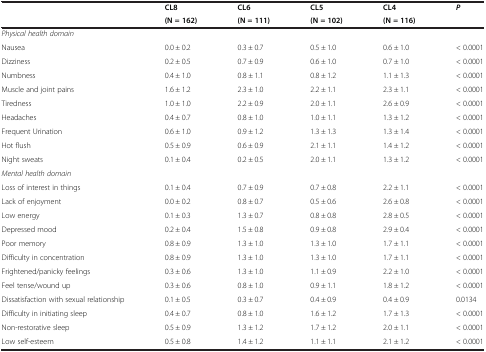
<table><thead><tr><td rowspan="2">[EMPTY_CELL]</td><td><b>CL8</b></td><td><b>CL6</b></td><td><b>CL5</b></td><td><b>CL4</b></td><td rowspan="2"><b><i>P</i></b></td></tr><tr><td><b>(N = 162)</b></td><td><b>(N = 111)</b></td><td><b>(N = 102)</b></td><td><b>(N = 116)</b></td></tr></thead><tbody><tr><td><i>Physical health domain</i></td><td>[EMPTY_CELL]</td><td>[EMPTY_CELL]</td><td>[EMPTY_CELL]</td><td>[EMPTY_CELL]</td><td>[EMPTY_CELL]</td></tr><tr><td>Nausea</td><td>0.0 ± 0.2</td><td>0.3 ± 0.7</td><td>0.5 ± 1.0</td><td>0.6 ± 1.0</td><td>&lt; 0.0001</td></tr><tr><td>Dizziness</td><td>0.2 ± 0.5</td><td>0.7 ± 0.9</td><td>0.6 ± 1.0</td><td>0.7 ± 1.0</td><td>&lt; 0.0001</td></tr><tr><td>Numbness</td><td>0.4 ± 1.0</td><td>0.8 ± 1.1</td><td>0.8 ± 1.2</td><td>1.1 ± 1.3</td><td>&lt; 0.0001</td></tr><tr><td>Muscle and joint pains</td><td>1.6 ± 1.2</td><td>2.3 ± 1.0</td><td>2.2 ± 1.1</td><td>2.3 ± 1.1</td><td>&lt; 0.0001</td></tr><tr><td>Tiredness</td><td>1.0 ± 1.0</td><td>2.2 ± 0.9</td><td>2.0 ± 1.1</td><td>2.6 ± 0.9</td><td>&lt; 0.0001</td></tr><tr><td>Headaches</td><td>0.4 ± 0.7</td><td>0.8 ± 1.0</td><td>1.0 ± 1.1</td><td>1.3 ± 1.2</td><td>&lt; 0.0001</td></tr><tr><td>Frequent Urination</td><td>0.6 ± 1.0</td><td>0.9 ± 1.2</td><td>1.3 ± 1.3</td><td>1.3 ± 1.4</td><td>&lt; 0.0001</td></tr><tr><td>Hot flush</td><td>0.5 ± 0.9</td><td>0.6 ± 0.9</td><td>2.1 ± 1.1</td><td>1.4 ± 1.2</td><td>&lt; 0.0001</td></tr><tr><td>Night sweats</td><td>0.1 ± 0.4</td><td>0.2 ± 0.5</td><td>2.0 ± 1.1</td><td>1.3 ± 1.2</td><td>&lt; 0.0001</td></tr><tr><td><i>Mental health domain</i></td><td>[EMPTY_CELL]</td><td>[EMPTY_CELL]</td><td>[EMPTY_CELL]</td><td>[EMPTY_CELL]</td><td>[EMPTY_CELL]</td></tr><tr><td>Loss of interest in things</td><td>0.1 ± 0.4</td><td>0.7 ± 0.9</td><td>0.7 ± 0.8</td><td>2.2 ± 1.1</td><td>&lt; 0.0001</td></tr><tr><td>Lack of enjoyment</td><td>0.0 ± 0.2</td><td>0.8 ± 0.7</td><td>0.5 ± 0.6</td><td>2.6 ± 0.8</td><td>&lt; 0.0001</td></tr><tr><td>Low energy</td><td>0.1 ± 0.3</td><td>1.3 ± 0.7</td><td>0.8 ± 0.8</td><td>2.8 ± 0.5</td><td>&lt; 0.0001</td></tr><tr><td>Depressed mood</td><td>0.2 ± 0.4</td><td>1.5 ± 0.8</td><td>0.9 ± 0.8</td><td>2.9 ± 0.4</td><td>&lt; 0.0001</td></tr><tr><td>Poor memory</td><td>0.8 ± 0.9</td><td>1.3 ± 1.0</td><td>1.3 ± 1.0</td><td>1.7 ± 1.1</td><td>&lt; 0.0001</td></tr><tr><td>Difficulty in concentration</td><td>0.8 ± 0.9</td><td>1.3 ± 1.0</td><td>1.3 ± 1.0</td><td>1.7 ± 1.1</td><td>&lt; 0.0001</td></tr><tr><td>Frightened/panicky feelings</td><td>0.3 ± 0.6</td><td>1.3 ± 1.0</td><td>1.1 ± 0.9</td><td>2.2 ± 1.0</td><td>&lt; 0.0001</td></tr><tr><td>Feel tense/wound up</td><td>0.3 ± 0.6</td><td>0.8 ± 1.0</td><td>0.9 ± 1.1</td><td>1.8 ± 1.2</td><td>&lt; 0.0001</td></tr><tr><td>Dissatisfaction with sexual relationship</td><td>0.1 ± 0.5</td><td>0.3 ± 0.7</td><td>0.4 ± 0.9</td><td>0.4 ± 0.9</td><td>0.0134</td></tr><tr><td>Difficulty in initiating sleep</td><td>0.4 ± 0.7</td><td>0.8 ± 1.0</td><td>1.6 ± 1.2</td><td>1.7 ± 1.3</td><td>&lt; 0.0001</td></tr><tr><td>Non-restorative sleep</td><td>0.5 ± 0.9</td><td>1.3 ± 1.2</td><td>1.7 ± 1.2</td><td>2.0 ± 1.1</td><td>&lt; 0.0001</td></tr><tr><td>Low self-esteem</td><td>0.5 ± 0.8</td><td>1.4 ± 1.2</td><td>1.1 ± 1.1</td><td>2.1 ± 1.2</td><td>&lt; 0.0001</td></tr></tbody></table>